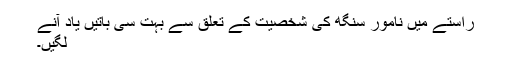
راستے میں نامور سنگھ کی شخصیت کے تعلق سے بہت سی باتیں یاد آنے
لگیں۔